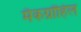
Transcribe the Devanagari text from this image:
मैकग्रॉहिल